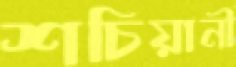
শচিয়ানী